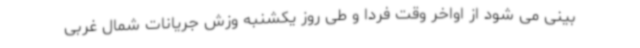
بینی می شود از اواخر وقت فردا و طی روز یکشنبه وزش جریانات شمال غربی